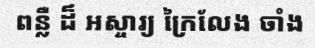
ពន្លឺ ដ៏ អស្ចារ្យ ក្រៃលែង ចាំង